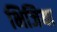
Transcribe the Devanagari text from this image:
भिजिया